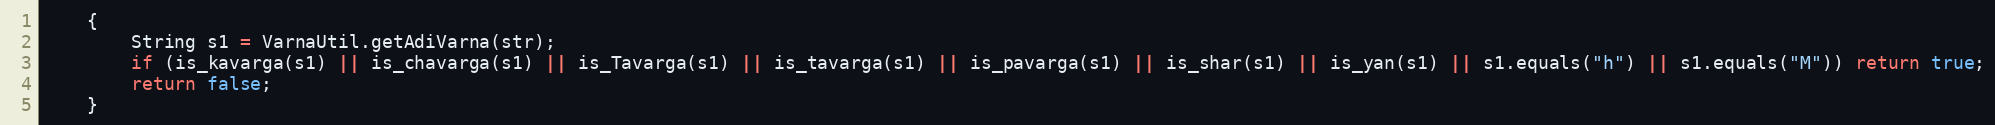
Language: Java
    {
        String s1 = VarnaUtil.getAdiVarna(str);
        if (is_kavarga(s1) || is_chavarga(s1) || is_Tavarga(s1) || is_tavarga(s1) || is_pavarga(s1) || is_shar(s1) || is_yan(s1) || s1.equals("h") || s1.equals("M")) return true;
        return false;
    }